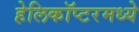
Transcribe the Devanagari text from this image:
हेलिकॉप्टरमध्ये